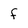
Character: f